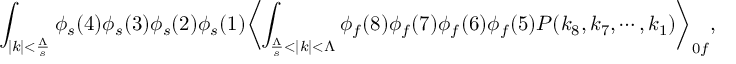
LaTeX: \int _ { | k | < \frac { \Lambda } { s } } \phi _ { s } ( 4 ) \phi _ { s } ( 3 ) \phi _ { s } ( 2 ) \phi _ { s } ( 1 ) \biggl < \int _ { \frac { \Lambda } { s } < | k | < \Lambda } \phi _ { f } ( 8 ) \phi _ { f } ( 7 ) \phi _ { f } ( 6 ) \phi _ { f } ( 5 ) { \cal P } ( k _ { 8 } , k _ { 7 } , \cdots , k _ { 1 } ) \biggr > _ { 0 f } ,